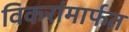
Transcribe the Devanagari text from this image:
विकरांमार्फत